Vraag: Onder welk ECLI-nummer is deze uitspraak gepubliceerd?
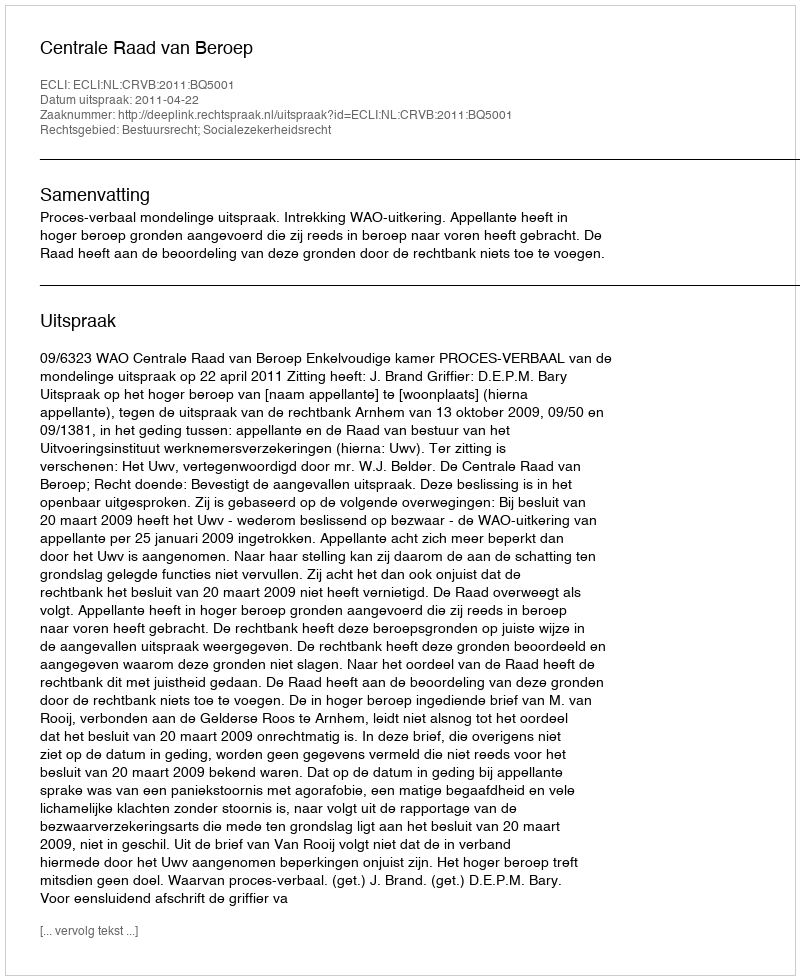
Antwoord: ECLI:NL:CRVB:2011:BQ5001